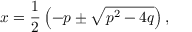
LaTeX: x = { \frac { 1 } { 2 } } \left( - p \pm { \sqrt { p ^ { 2 } - 4 q } } \right) ,